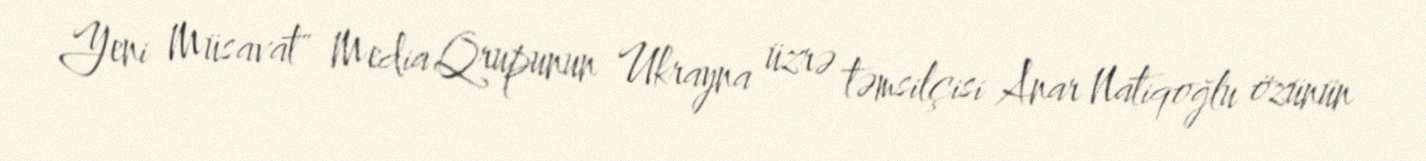
Yeni Müsavat" Media Qrupunun Ukrayna üzrə təmsilçisi Anar Natiqoğlu özünün